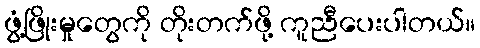
ဖွံ့ဖြိုးမှုတွေကို တိုးတက်ဖို့ ကူညီပေးပါတယ်။